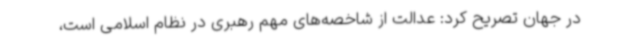
در جهان تصریح کرد: عدالت از شاخصه‌های مهم رهبری در نظام اسلامی است،